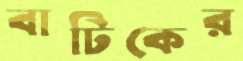
বাটিকের